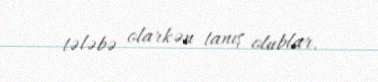
tələbə olarkən tanış olublar.